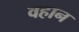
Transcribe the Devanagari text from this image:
वहान